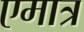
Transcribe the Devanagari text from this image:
एमात्र